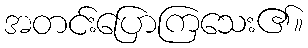
အတင်းပြောကြသေး၏။